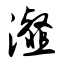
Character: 瀣